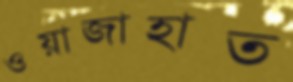
ওয়াজাহাত